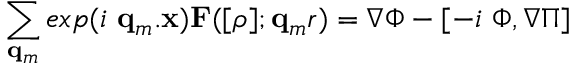
\sum _ { { \bf { q } } _ { m } } e x p ( i { \mathrm { ~ } } { \bf { q } } _ { m } . { \bf { x } } ) { \bf { F } } ( [ \rho ] ; { \bf { q } } _ { m } r ) = \nabla \Phi - [ - i \mathrm { ~ } \Phi , \nabla \Pi ]